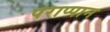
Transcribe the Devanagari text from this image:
पराप्पान